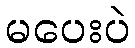
မပေးပဲ